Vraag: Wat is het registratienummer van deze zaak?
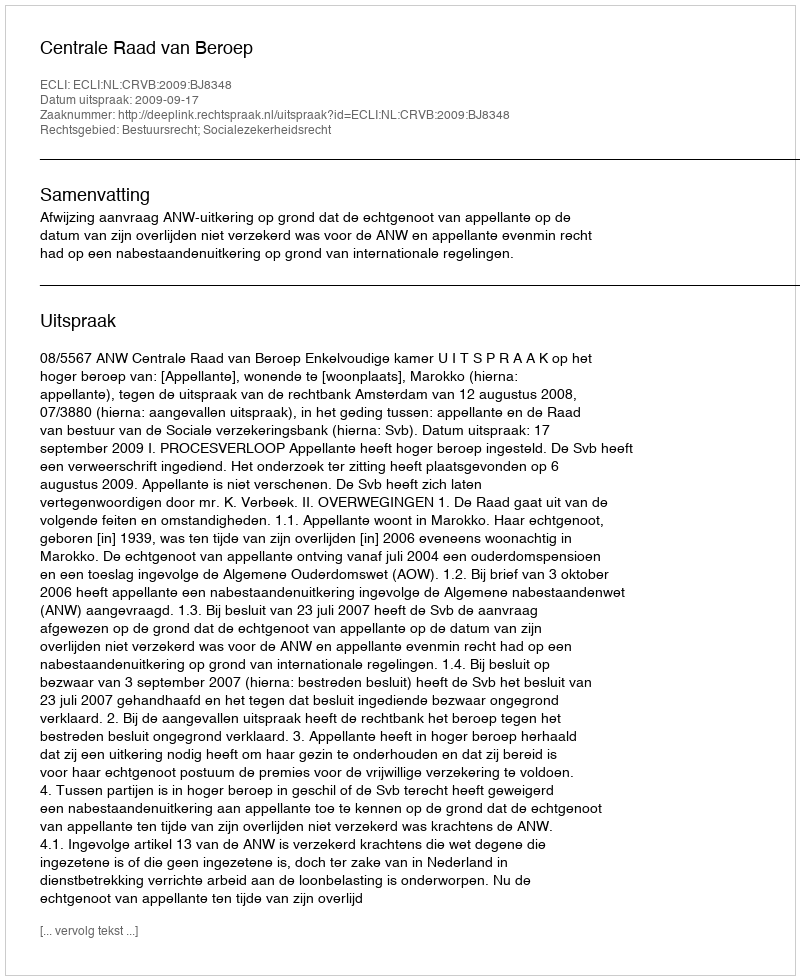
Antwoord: http://deeplink.rechtspraak.nl/uitspraak?id=ECLI:NL:CRVB:2009:BJ8348